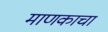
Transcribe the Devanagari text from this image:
माणकाचा